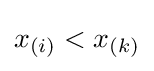
x_{(i)}<x_{(k)}